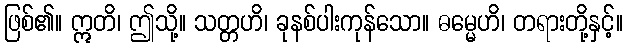
ဖြစ်၏။ ဣတိ၊ ဤသို့။ သတ္တဟိ၊ ခုနစ်ပါးကုန်သော။ ဓမ္မေဟိ၊ တရားတို့နှင့်။